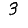
Digit: 3